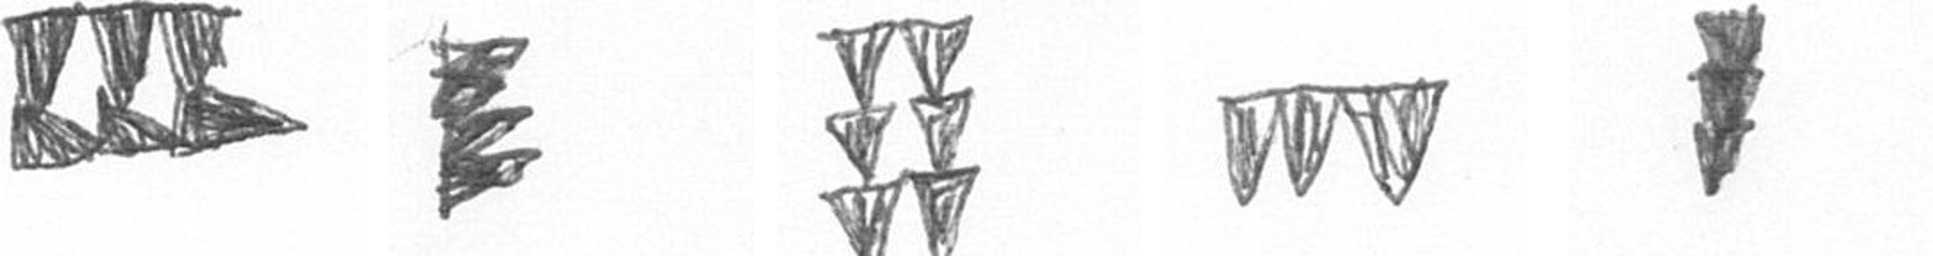
D H Y L E